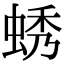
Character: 蜏